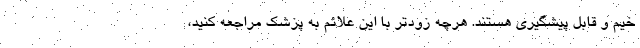
خیم و قابل پیشگیری هستند. هرچه زودتر با این علائم به پزشک مراجعه کنید،